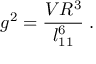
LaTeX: g ^ { 2 } = \frac { V R ^ { 3 } } { l _ { 1 1 } ^ { 6 } } \; .